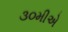
૩૦મીએ